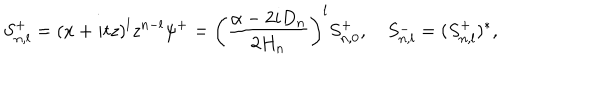
S _ { n , l } ^ { + } = ( x + i t z ) ^ { l } z ^ { n - l } \psi ^ { + } = \left( \frac { \alpha - 2 i D _ { n } } { 2 H _ { n } } \right) ^ { l } S _ { n , 0 } ^ { + } , \quad S _ { n , l } ^ { - } = ( S _ { n , l } ^ { + } ) ^ { * } ,